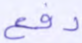
دفع